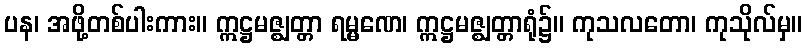
ပန၊ အဖို့တစ်ပါးကား။ ဣဋ္ဌမဇ္ဈတ္တာ ရမ္မဏေ၊ ဣဋ္ဌမဇ္ဈတ္တာရုံ၌။ ကုသလတော၊ ကုသိုလ်မှ။